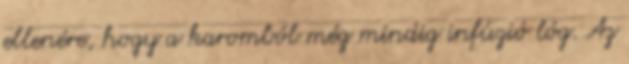
ellenére, hogy a karomból még mindig infúzió lóg. Az